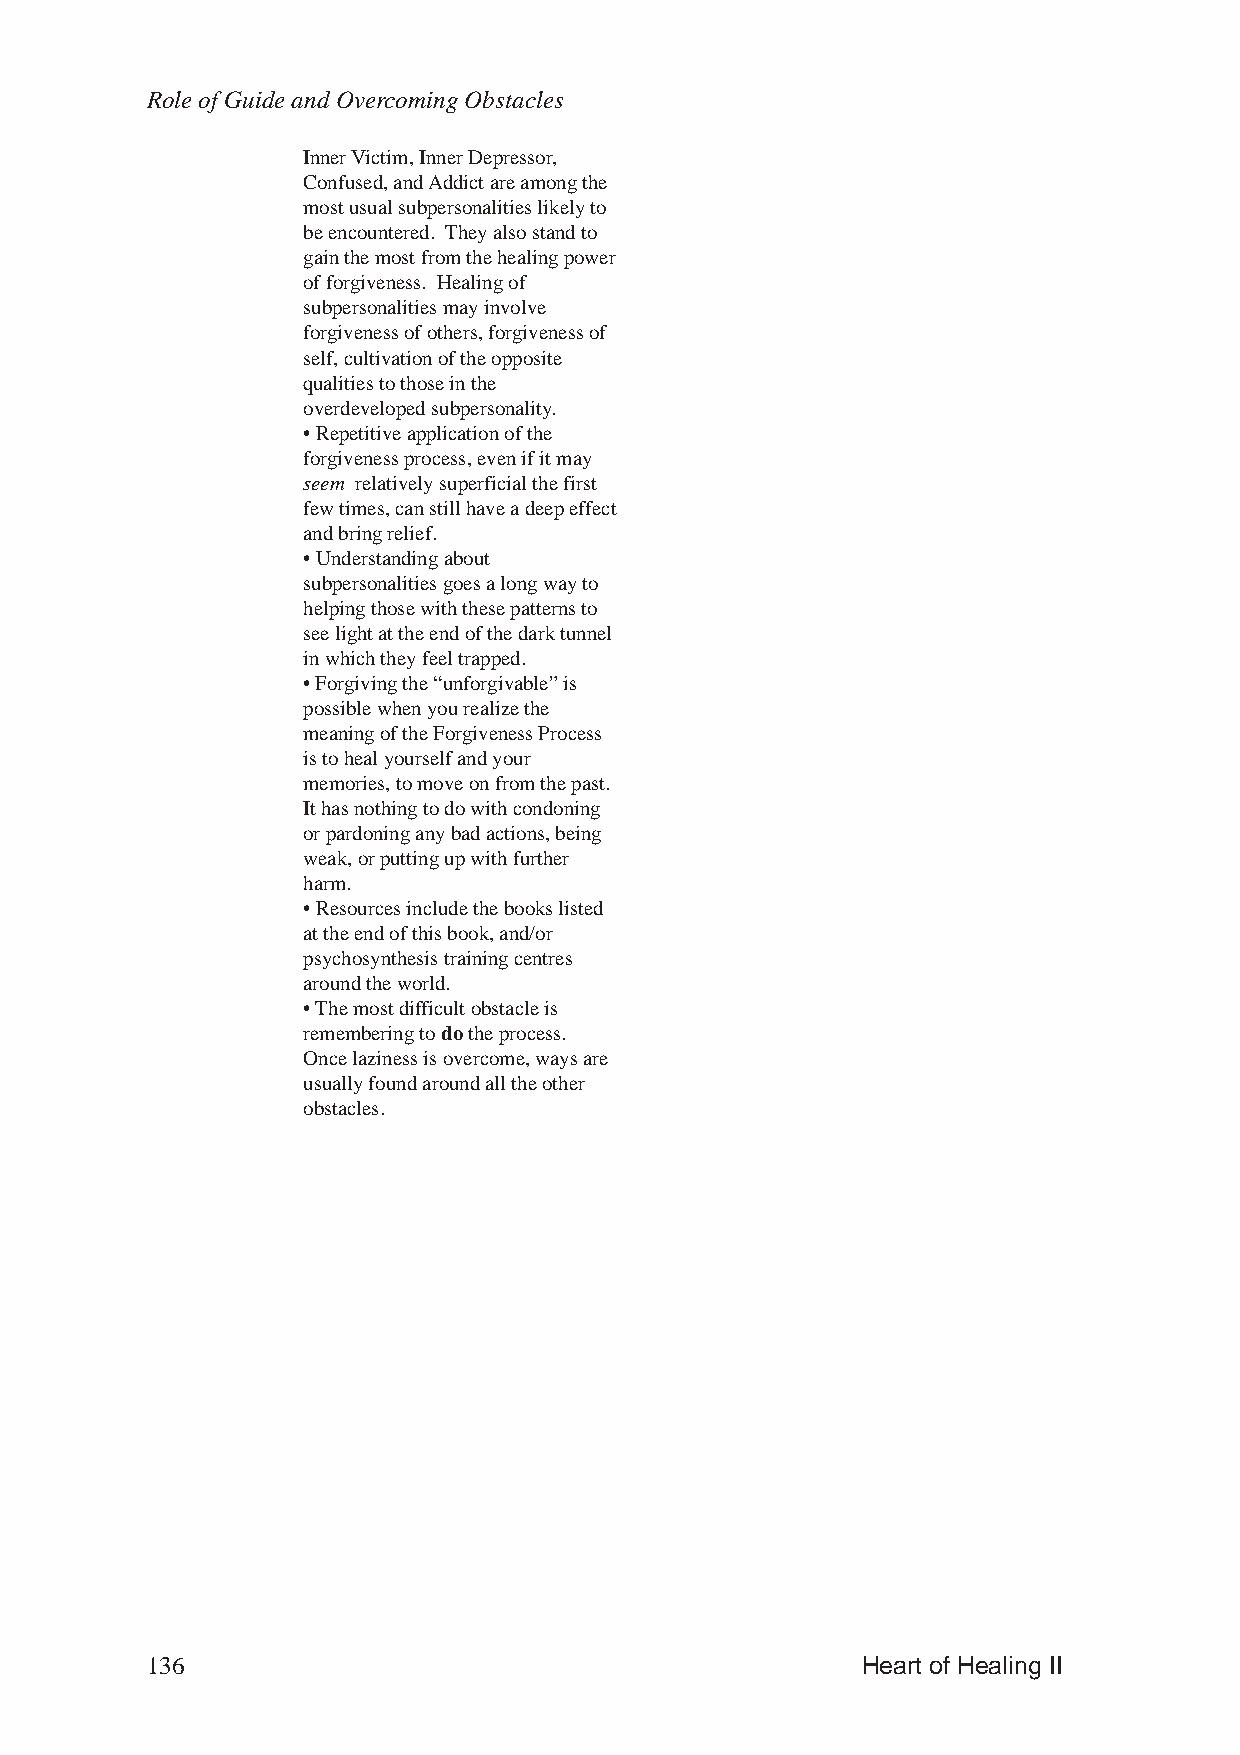
Role of Guide and Overcoming Obstacles
 Inner Victim, Inner Depressor,
 Confused, and Addict are among the
 most usual subpersonalities likely to
 be encountered. They also stand to
 gain the most from the healing power
 of forgiveness. Healing of
 subpersonalities may involve
 forgiveness of others, forgiveness of
 self, cultivation of the opposite
 qualities to those in the
 overdeveloped subpersonality.
 • Repetitive application of the
 forgiveness process, even if it may
 seem relatively superficial the first
 few times, can still have a deep effect
 and bring relief.
 • Understanding about
 subpersonalities goes a long way to
 helping those with these patterns to
 see light at the end of the dark tunnel
 in which they feel trapped.
 • Forgiving the “unforgivable” is
 possible when you realize the
 meaning of the Forgiveness Process
 is to heal yourself and your
 memories, to move on from the past.
 It has nothing to do with condoning
 or pardoning any bad actions, being
 weak, or putting up with further
 harm.
 • Resources include the books listed
 at the end of this book, and/or
 psychosynthesis training centres
 around the world.
 • The most difficult obstacle is
 remembering to do the process.
 Once laziness is overcome, ways are
 usually found around all the other
 obstacles.
 136                                            Heart of Healing II